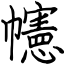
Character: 幰